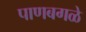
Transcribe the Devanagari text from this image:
पाणबगळे